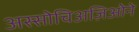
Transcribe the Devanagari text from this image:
अस्सोचिअज़िओने